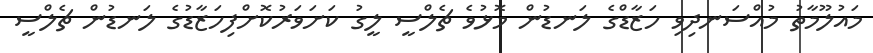
މައުލޫމާތު މުއްސަނދިވި ހަޒާޑްގެ ލަނޑުން މޮޅުވެ ޗެލްސީ ލީގު ކަށަވަރުކޮށްފިހަޒާޑުގެ ލަނޑުން ޗެލްސީ